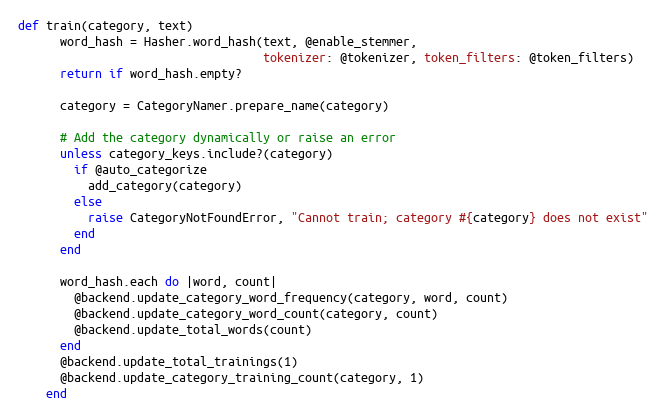
Language: Ruby
def train(category, text)
      word_hash = Hasher.word_hash(text, @enable_stemmer,
                                   tokenizer: @tokenizer, token_filters: @token_filters)
      return if word_hash.empty?

      category = CategoryNamer.prepare_name(category)

      # Add the category dynamically or raise an error
      unless category_keys.include?(category)
        if @auto_categorize
          add_category(category)
        else
          raise CategoryNotFoundError, "Cannot train; category #{category} does not exist"
        end
      end

      word_hash.each do |word, count|
        @backend.update_category_word_frequency(category, word, count)
        @backend.update_category_word_count(category, count)
        @backend.update_total_words(count)
      end
      @backend.update_total_trainings(1)
      @backend.update_category_training_count(category, 1)
    end